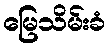
မြေသိမ်းခံ